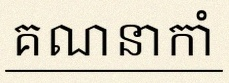
គណនាកាំ